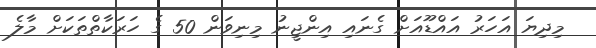
މިދިޔަ އަހަރު އައްޑޫއަށް ގެނައި އިންޖީނު މިނިވަން 50 ގެ ހަރަކާތްތަކަށް މާލެ